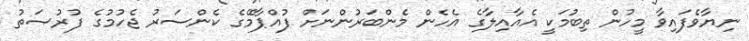
ނިޔާވެފައިވާ މީހުން ތިބުމަކީ އެއާއިލާގެ އެހެން މެންބަރުންނަށް ފުއްޕާމޭގެ ކެންސަރު ޖެހުމުގެ ފުރުޞަތު